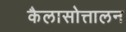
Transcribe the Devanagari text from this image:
कैलासोत्तालन